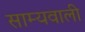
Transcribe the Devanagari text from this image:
साम्यवाली